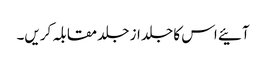
آئیے اس کا جلد از جلد مقابلہ کریں۔